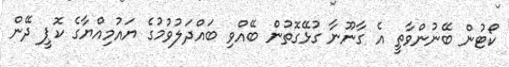
ކޯޓުން ބޭނުންވާތީ އެ ގާނޫނާ ގުޅޭގޮތުން ބޭއްވި ބައްދަލުވުމުގެ ޔައުމިއްޔާގެ ކޮޕީ ދޭން